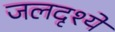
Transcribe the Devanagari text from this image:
जलदृश्ये